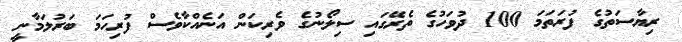
ރިޔާސަތުގެ ފުރަތަމަ 100 ދުވަހުގެ ތެރޭގައި ސިލޯނުގެ ވެރިކަން އަނެއްކާވެސް ފުރިހަމަ ބަރުލަމާނީ